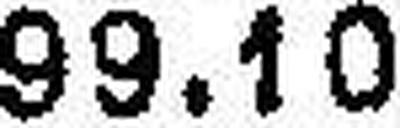
99.10